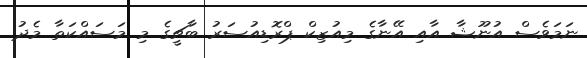
ނަމަވެސް އުނޫޝާ އާއި އޭނާގެ މިއުޒިކް ޕްރޮޑިއުސަރު ބާޗީގެ މި މަސައްކަތާ މެދު